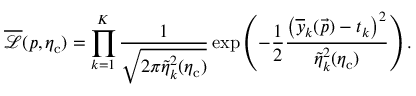
\overline { { \mathcal { L } } } ( \boldsymbol { p } , \eta _ { \mathrm { c } } ) = \prod _ { k = 1 } ^ { K } \frac { 1 } { \sqrt { 2 \pi \tilde { \eta } _ { k } ^ { 2 } ( \eta _ { \mathrm { c } } ) } } \exp { \left( - \frac { 1 } { 2 } \frac { \left( \overline { { y } } _ { k } ( \vec { p } ) - t _ { k } \right) ^ { 2 } } { \tilde { \eta } _ { k } ^ { 2 } ( \eta _ { \mathrm { c } } ) } \right) } \, .